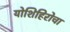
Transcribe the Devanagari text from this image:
योशिहिरोचा